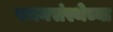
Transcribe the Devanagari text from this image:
पचनसंस्थेच्या